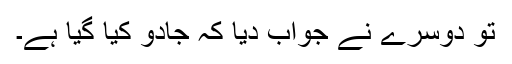
تو دوسرے نے جواب دیا کہ جادو کیا گیا ہے۔